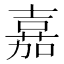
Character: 𫅘